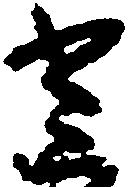
尭